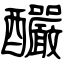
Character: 釅